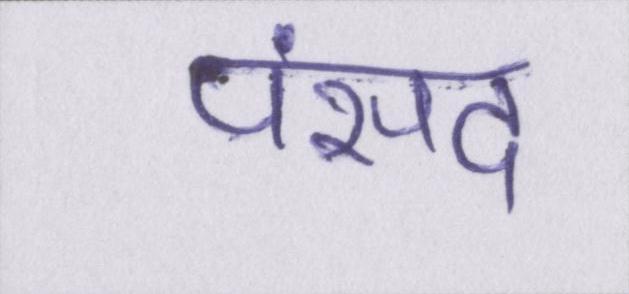
पंसद